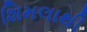
શિમલાથી